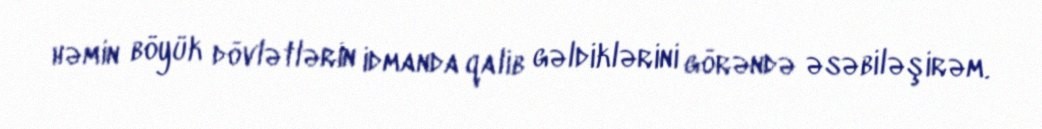
həmin böyük dövlətlərin idmanda qalib gəldiklərini görəndə əsəbiləşirəm.